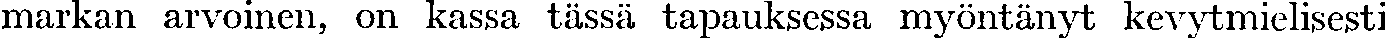
markan arvoinen, on kassa tässä tapauksessa myöntänyt kevytmielisesti